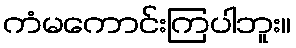
ကံမကောင်းကြပါဘူး။